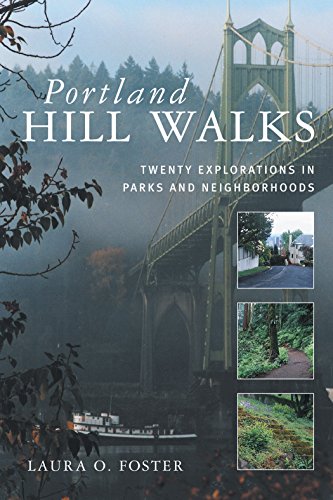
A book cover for Portland Hill Walks: Twenty Explorations in Parks and Neighborhoods; Laura O. Foster; Travel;